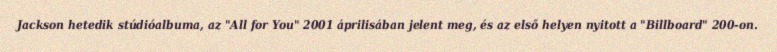
Jackson hetedik stúdióalbuma, az "All for You" 2001 áprilisában jelent meg, és az első helyen nyitott a "Billboard" 200-on.